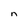
Character: n